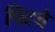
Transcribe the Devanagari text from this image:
पिटवे